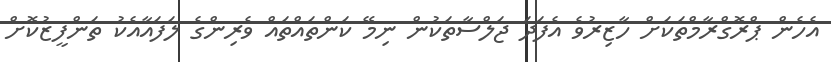
އެހެން ޕްރޮގްރާމްތަކަށް ހާޒިރުވެ އެފަދަ ޖަލްސާތަކުން ނިމޭ ކަންތައްތައް ވެރިންގެ ލަފައާއެކު ތަންފީޒުކޮށް